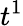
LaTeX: t^{1}